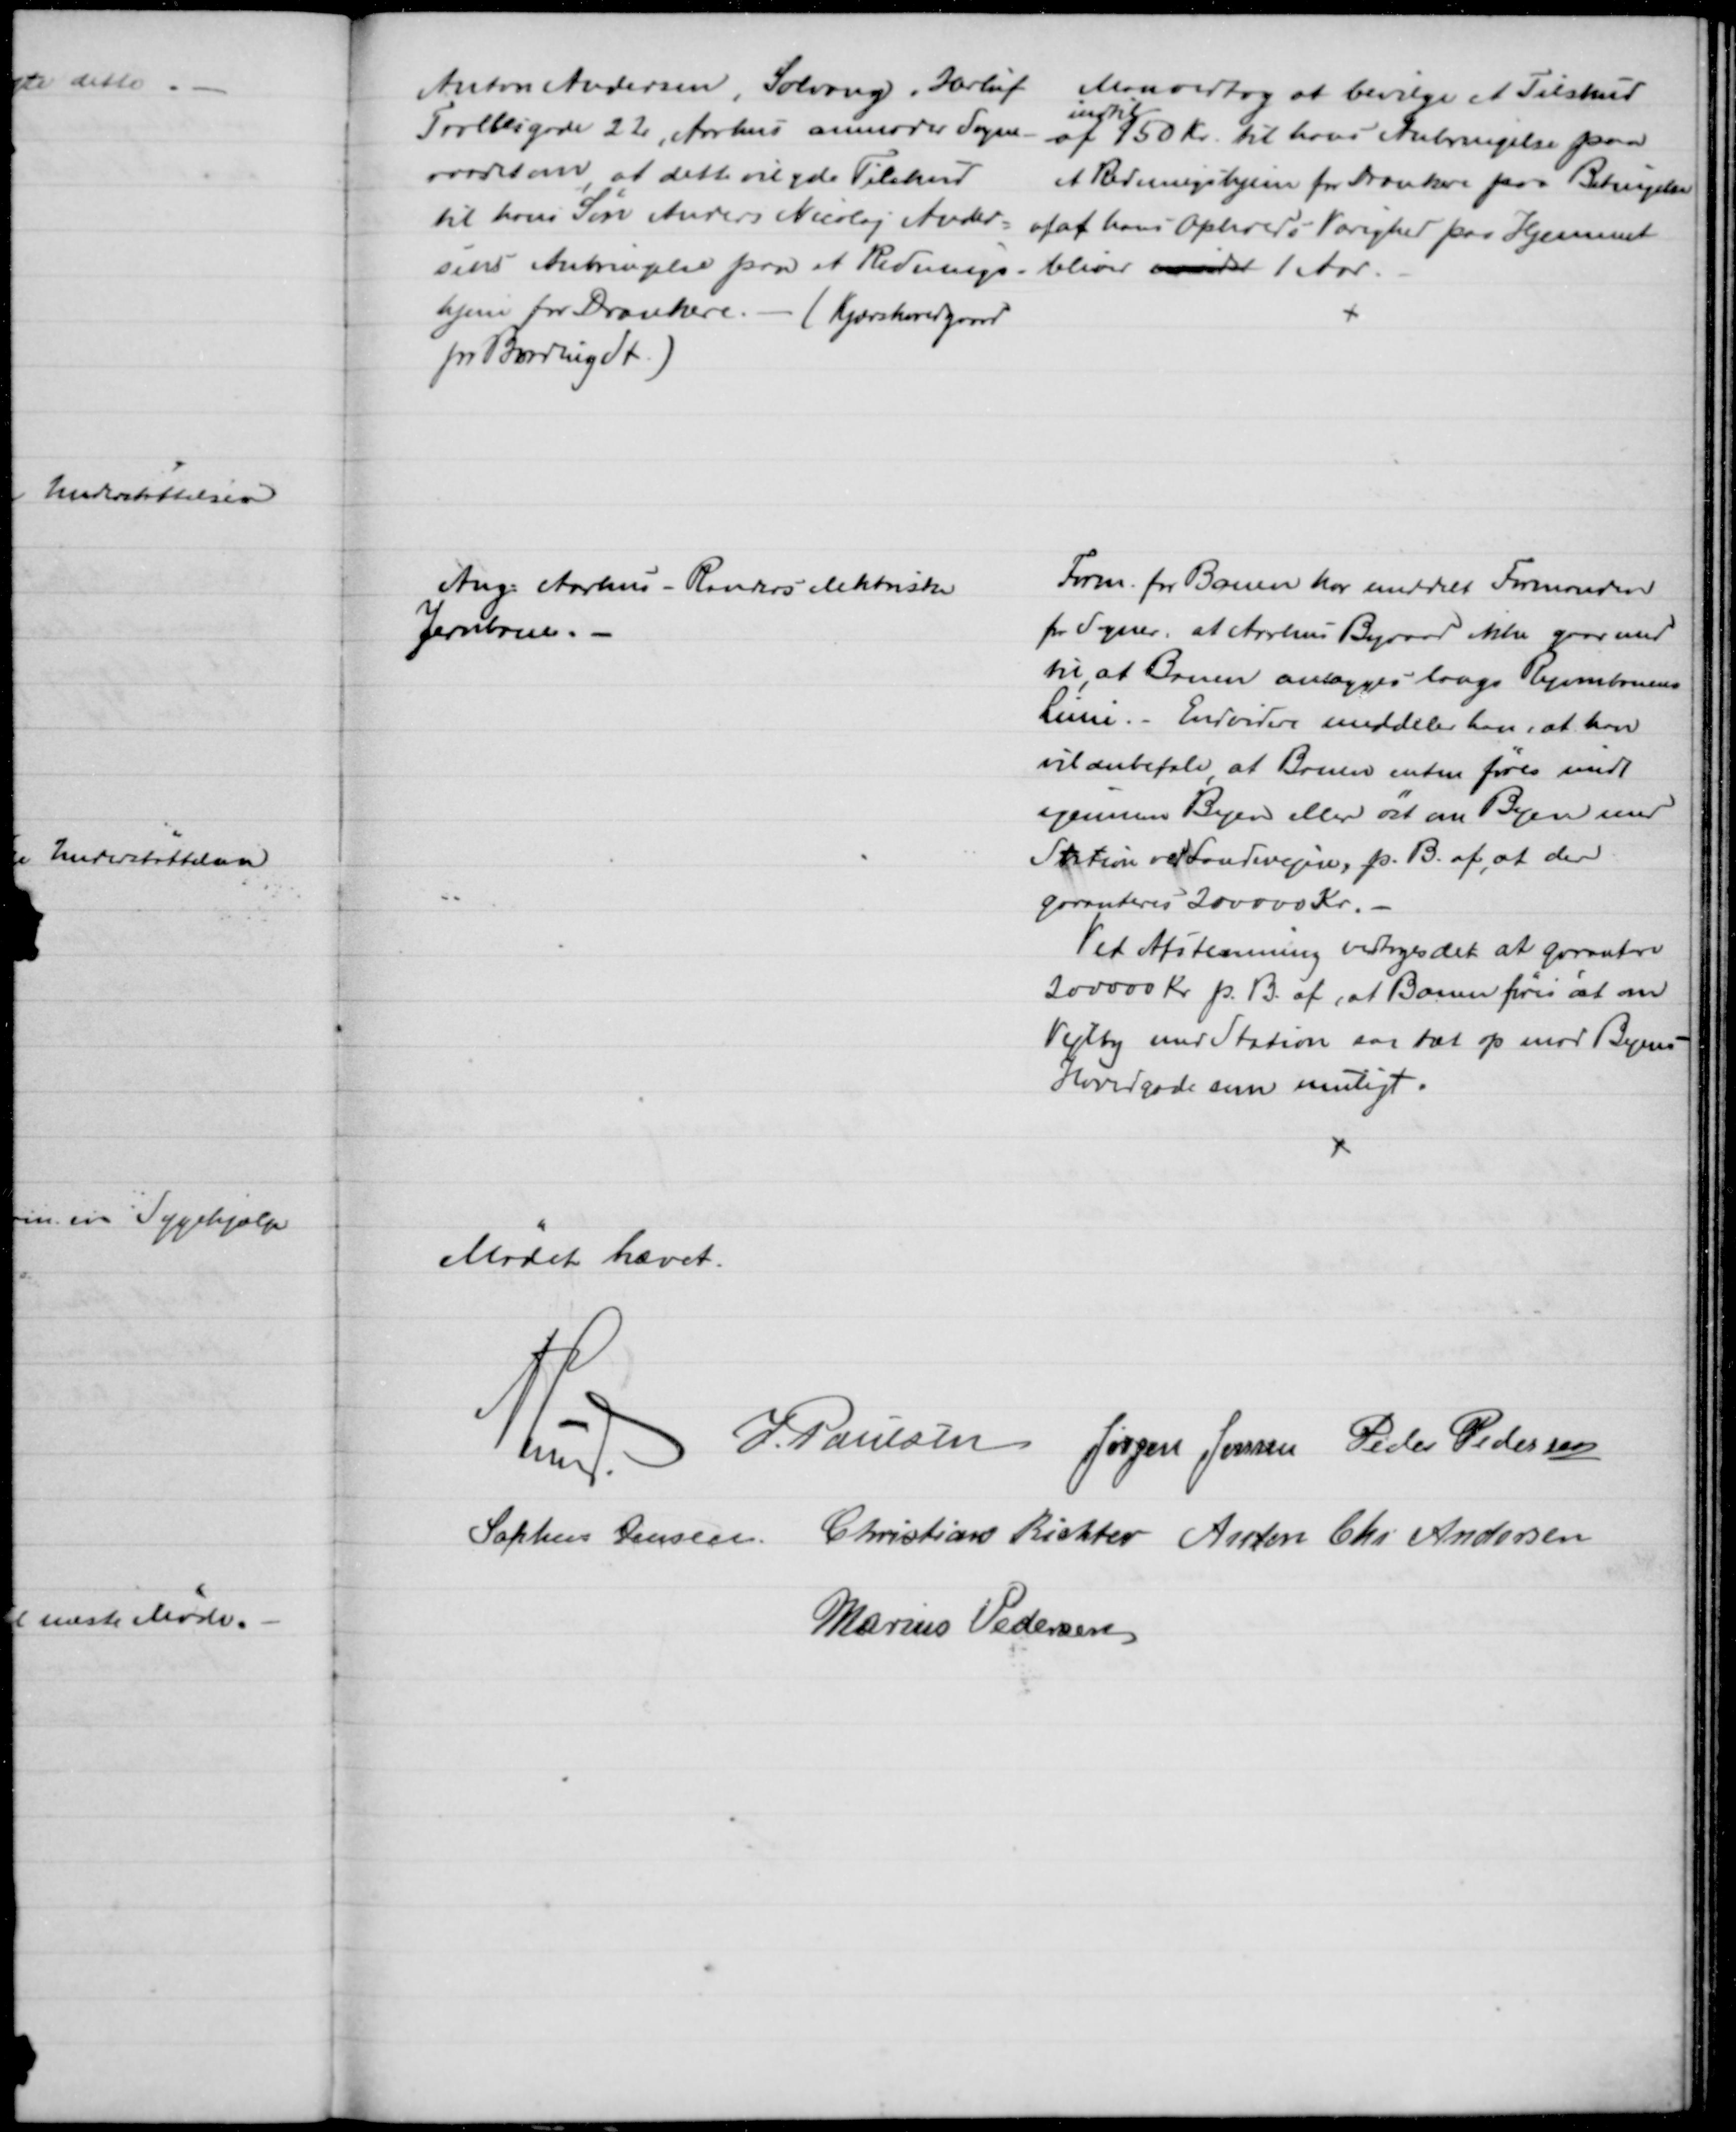
Transskription:
Anton Andersen, Solvang, Herluf
Trollesgade 22, Aarhus anmoder Sogne-
raadet om, at dette vil yde Tilskud
til hans Søn Anders Nicolaj Ander-
sens Anbringelse paa et Rednings - 
hjem for Drankere. - (Kjærshovedgaard
pr Bording St.)
Man vedtog at bevilge et Tilskud
af 
indtil
150 Kr. til hans Anbringelse paa
et Redningshjem for Drankere paa Betingelse
af at hans Opholds Varighed paa Hjemmet
bliver mindst 1 Aar.
Ang. Aarhus - Randers elektriske
Jernbane.
Form. for Banen har meddelt Formanden
for Sogner. at Aarhus Byraad ikke gaar med
til, at Banen anlægges langs Ryombanens
Linie. - Endvidere meddeler han, at han
vil anbefale, at Banen enten føres midt
igennem Byen eller øst om Byen med
Station ved Landevejen, p. B. af, at der
garanteres 200000 Kr.
Ved Afstemning vedtoges det at garantere
200000 Kr p. B. af, at Banen føres øst om 
Vejlby med Station saa tæt op mod Byens
Hovedgade som muligt.
Mødet hævet.
A. Lund
J. Poulsen Jørgen Jensen Peder Pedersen
Sophus Jensen Christian Richter Anton Chr Andersen
Marius Pedersen